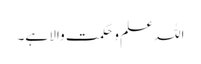
اللہ علم و حکمت والا ہے۔